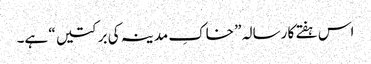
اس ہفتے کا رسالہ ” خاکِ مدینہ کی برکتیں “ ہے۔